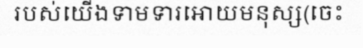
របស់យើងទាមទារអោយមនុស្ស(ចេះ